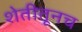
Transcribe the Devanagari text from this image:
शेतीतूनच